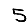
Digit: 5